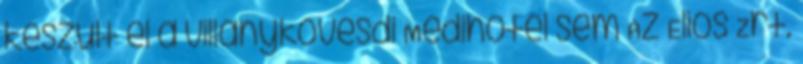
készült el a villánykövesdi Medihotel sem Az Elios Zrt.